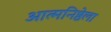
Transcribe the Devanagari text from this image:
आत्मनिष्ठेला